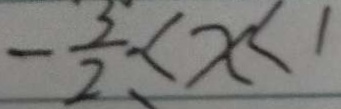
- \frac { 5 } { 2 } < x < 1